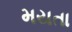
મયતા